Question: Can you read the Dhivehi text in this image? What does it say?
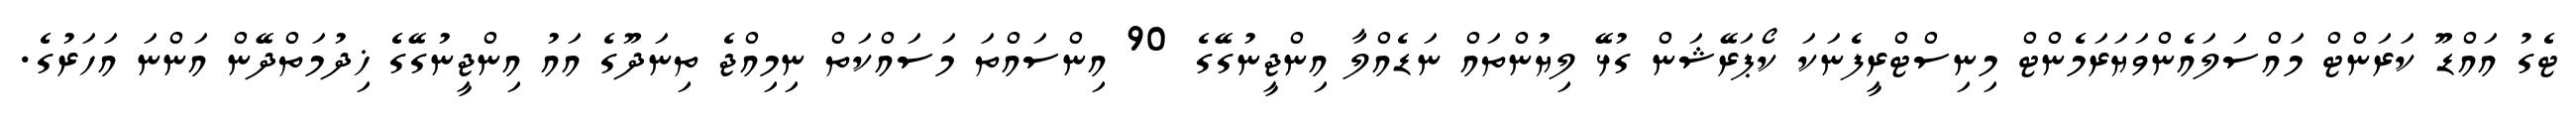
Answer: ޓެގު އައްޑޫ ކަރަންޓް މައްސަލައެންވަޔަރަމެންޓް މިނިސްޓްރީފެނަކަ ކޯޕަރޭޝަން ގުޅޭ ލިޔުންތައް ނަޑެއްލާ އިންޖީނުގޭގެ 90 އިންސައްތަ މަސައްކަތް ނިމިއްޖެ ތިނަދޫގެ އައު އިންޖީނުގޭގެ ޚިދުމަތްދޭން އަންނަ އަހަރުގެ.